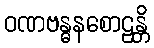
ဝဏဗန္ဓနစောဠန္တိ